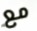
مع